Civil Veterinary Department Bihar & Orissa reports 1929-36 - 1929-1936
Year: 1929
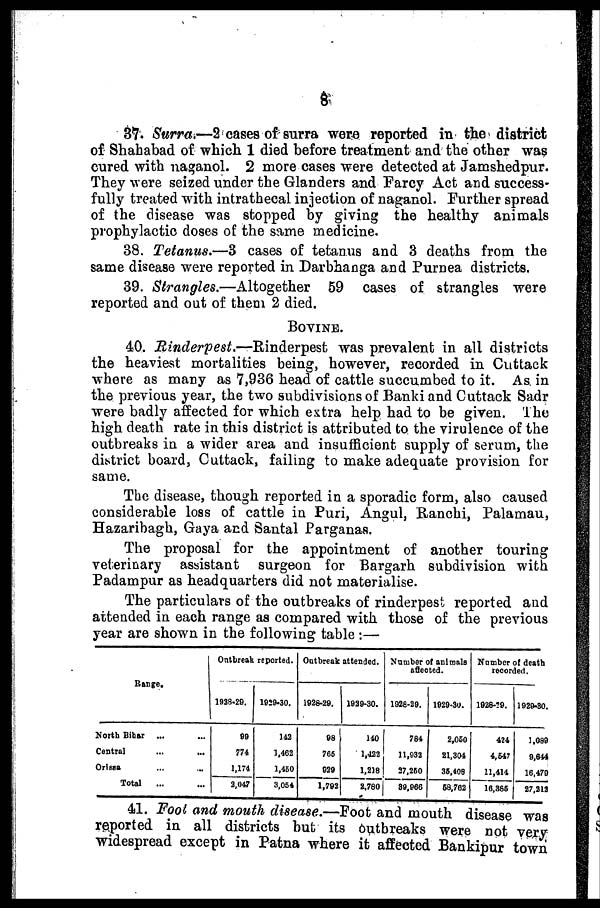
8
37. Surra.—2 cases of surra were reported in the district
of Shahabad of which 1 died before treatment and the other was
cured with naganol. 2 more cases were detected at Jamshedpur.
They were seized under the Glanders and Farcy Act and success-
fully treated with intrathecal injection of naganol. Further spread
of the disease was stopped by giving the healthy animals
prophylactic doses of the same medicine.
38. Tetanus.—3 cases of tetanus and 3 deaths from the
same disease were reported in Darbhanga and Pumea districts.
39. Strangles.—Altogether
59 cases of strangles were
reported and out of them 2 died.
BOVINE.
40. Rinderpest.—Rinderpest
was prevalent in all districts
the heaviest mortalities being, however, recorded in Cuttack
where as many as 7,936 head of cattle succumbed to it. As in
the previous year, the two subdivisions of Banki and Cuttack Sadr
were badly affected for which extra help had to be given. The
high death rate in this district is attributed to the virulence of the
outbreaks in a wider area and insufficient supply of serum, the
district board, Cuttack, failing to make adequate provision for
same.
The disease, though reported in a sporadic form, also caused
considerable loss of cattle in Puri, Angul, Ranchi, Palamau,
Hazarihagh, Gaya and Santal Parganas.
The proposal for the appointment of another touring
veterinary assistant surgeon for Bargarh subdivision with
Padampur as headquarters did not materialise.
The particulars of the outbreaks of rinderpest reported and
attended in each range as compared with those of the previous
year are shown in the following table:—
Range.
North Bihar ... ...
Central ... ...
Orissa ... ...
Total ... ...
Outbreak reported.
1988-29.
99
774
1,174
2,047
1929-30.
143
1,462
1,450
3,054
Outbreak attended.
1928-29.
98
766
929
1,792
1929-30.
140
1,422
1,218
2.780
Number of animals
affected.
1928-29.
784
11,032
37,260
89,966
1929-30.
2,060
21,304
36,408
68,762
Number of death
recorded.
1928-19.
424
4,647
11,414
16,385
1929-30.
1,089
9,644
16,479
27,213
41. Foot and mouth disease.—Foot and mouth disease was
reported in all districts but its Outbreaks were not very
widespread except in Patna where it affected Bankipur town